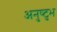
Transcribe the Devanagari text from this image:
अनुष्‍टुभ